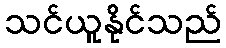
သင်ယူနိုင်သည်